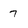
Character: 7